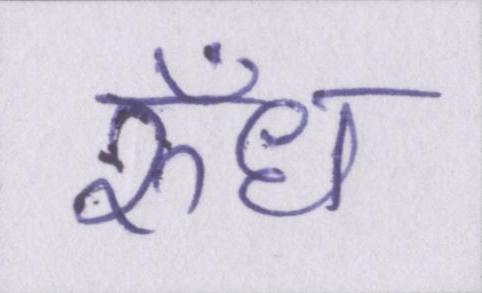
रुँध